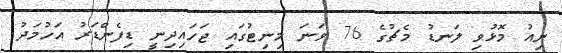
ނިއު މޮޅުވި ލަނޑު މެޗުގެ 76 ވަނަ މިނިޓުގައި ޖަހައިދިނީ ޑިފެންޑަރު އަހުމަދު